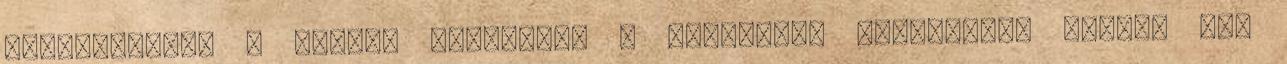
felvásárolta a BAA-t. Várhatóan a budapesti pályázaton induló más